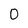
Character: 0